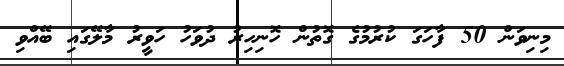
މިނިވަން 50 ފާހަގަ ކުރުމުގެ ގޮތުން ހޮނިހިރު ދުވަހު ހަވީރު މާލޭގައި ބޭއްވި